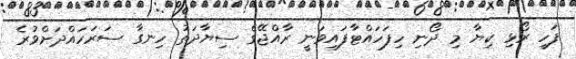
ފަހި ރޯޅި ކިޔާ މި ދޯނި ހިފަހައްޓާފައިވަނީ ރާއްޖޭގެ ސިޔާދަތު ހިނގާ ސަރަހައްދަށްވުރެ